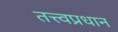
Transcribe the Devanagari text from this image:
तत्त्वप्रधान